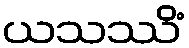
ယသဿိံ